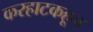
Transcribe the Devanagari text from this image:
करहाटकहून